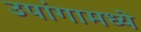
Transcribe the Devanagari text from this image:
उपांगामध्ये